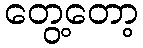
တွေ့တော့